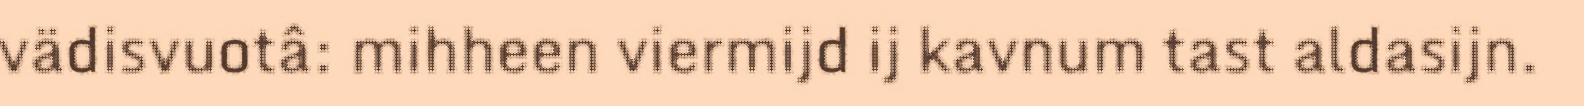
vädisvuotâ: mihheen viermijd ij kavnum tast aldasijn.